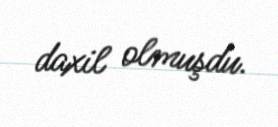
daxil olmuşdu.